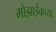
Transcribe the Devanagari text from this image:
मोझाईकच्या